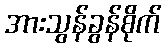
အားသွန်ခွန်စိုက်